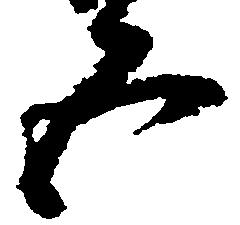
五